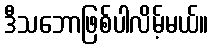
ဒီသဘောဖြစ်ပါလိမ့်မယ်။